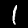
Digit: 1